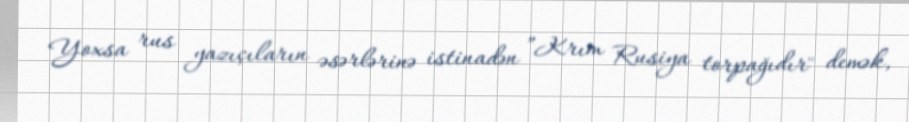
Yoxsa rus yazıçıların əsərlərinə istinadən ”Krım Rusiya torpağıdır" demək,